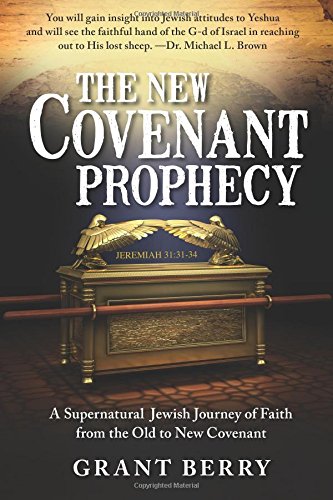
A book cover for The New Covenant Prophecy: A Supernatural Jewish Journey of Faith from the Old to New Covenant; Grant Berry; Christian Books & Bibles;